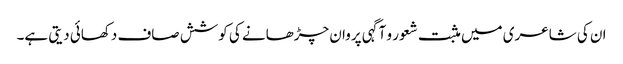
ان کی شاعری میں مثبت شعور و آگہی پروان چڑھانے کی کوشش صاف دکھائی دیتی ہے۔